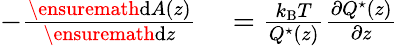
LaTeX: \begin{array}{rl}{-\frac{\ensuremath{\mathrm{d}}A(z)}{\ensuremath{\mathrm{d}}z}}&{{}=\frac{k_{\mathrm{B}}T}{Q^{\star}(z)}\frac{\partial Q^{\star}(z)}{\partial z}}\end{array}